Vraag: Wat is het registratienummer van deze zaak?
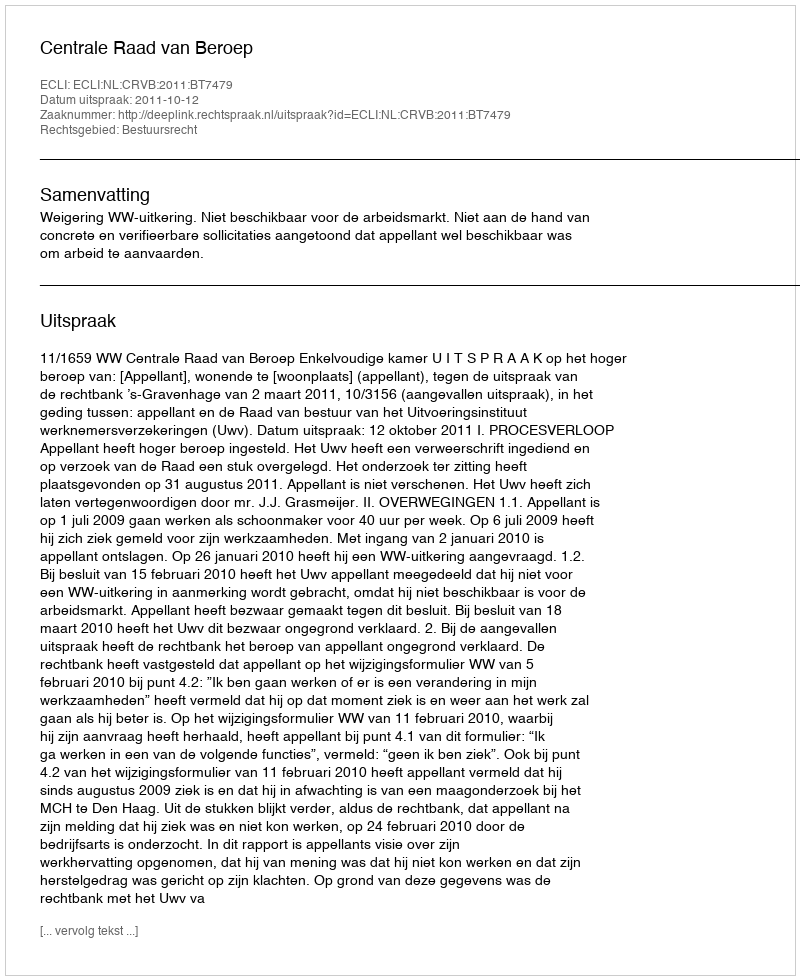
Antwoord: http://deeplink.rechtspraak.nl/uitspraak?id=ECLI:NL:CRVB:2011:BT7479